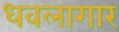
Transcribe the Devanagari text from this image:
धवलागार